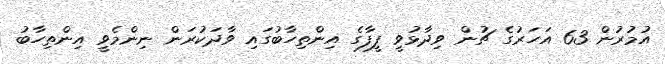
އުމުރުން 63 އަހަރުގެ ޗުން ވިދާޅުވީ ފީފާގެ އިންތިހާބުގައި ވާދަކުރަން ނިންމެވީ އިންތިހާބު